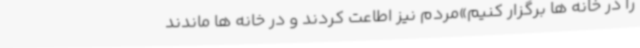
را در خانه ها برگزار کنیم»مردم نیز اطاعت کردند و در خانه ها ماندند